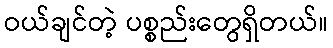
ဝယ်ချင်တဲ့ ပစ္စည်းတွေရှိတယ်။